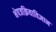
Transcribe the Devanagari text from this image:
भेषजक्रियाविज्ञान